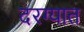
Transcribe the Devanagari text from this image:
दरग्यात